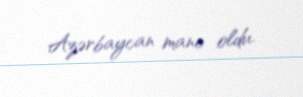
Azərbaycan mane oldu.